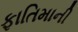
ફાતિમાની